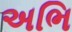
અભિ